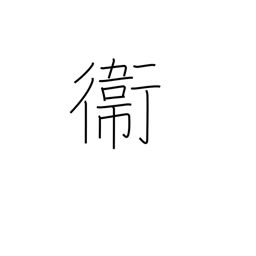
Meaning: defense